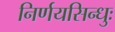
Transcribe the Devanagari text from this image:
निर्णयसिन्धुः